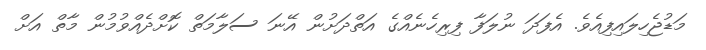
މަޑުޖެހިލައިފިއެވެ. އެފަދަ ނުލަފާ ފިރިހެނެއްގެ އަތްދަށުން އޭނަ ސަލާމަތް ކޮށްދެއްވުމުން މާތް އަށް